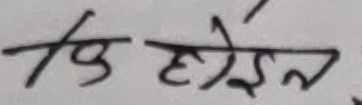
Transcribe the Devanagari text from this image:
कि छैन